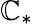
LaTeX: \mathbb{C}_{*}